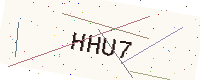
Text: HHU7